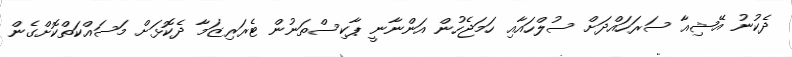
ދެކުނު އޭޝިއާ ސަރަހައްދަށް ސުލްހައާއި ހަމަޖެހުން އަންނާނީ ޕާކިސްތަނުން ޓެރަރިޒަމާ ދެކޮޅަށް މަސައްކަތްކޮށްގެން